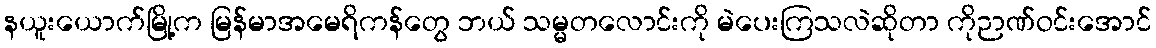
နယူးယောက်မြို့က မြန်မာအမေရိကန်တွေ ဘယ် သမ္မတလောင်းကို မဲပေးကြသလဲဆိုတာ ကိုဉာဏ်ဝင်းအောင်